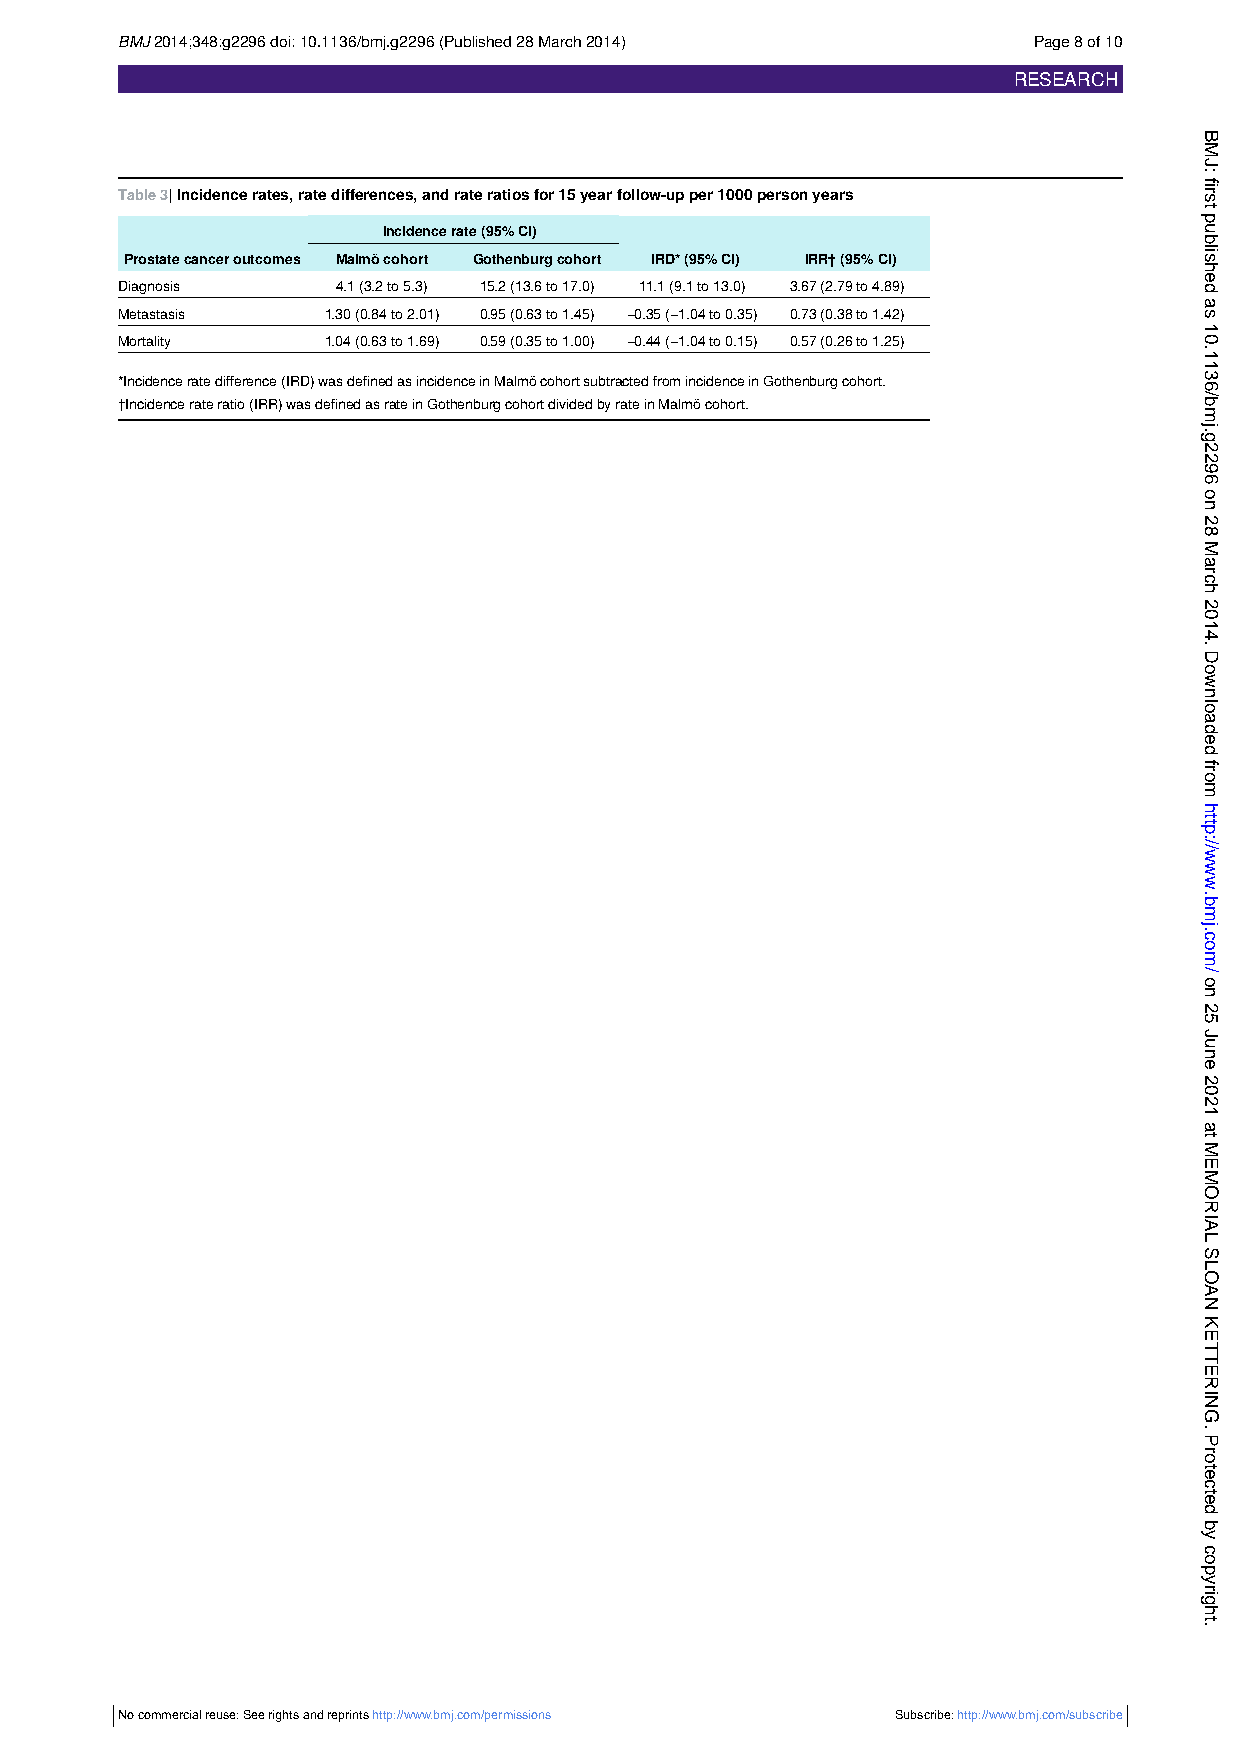
BMJ2014;348:g2296doi:10.1136/bmj.g2296(Published28March2014) Page8of10
 RESEARCH
 Table3|Incidencerates,ratedifferences,andrateratiosfor15yearfollow-upper1000personyears
 Incidencerate(95%CI)
 Prostatecanceroutcomes Malmöcohort Gothenburgcohort IRD*(95%CI) IRR†(95%CI)
 Diagnosis     4.1(3.2to5.3) 15.2(13.6to17.0) 11.1(9.1to13.0) 3.67(2.79to4.89)
 Metastasis   1.30(0.84to2.01) 0.95(0.63to1.45) −0.35(−1.04to0.35) 0.73(0.38to1.42)
 Mortality    1.04(0.63to1.69) 0.59(0.35to1.00) −0.44(−1.04to0.15) 0.57(0.26to1.25)
 *Incidenceratedifference(IRD)wasdefinedasincidenceinMalmöcohortsubtractedfromincidenceinGothenburgcohort.
 †Incidencerateratio(IRR)wasdefinedasrateinGothenburgcohortdividedbyrateinMalmöcohort.
 No commercial reuse: See rights and reprints http://www.bmj.com/permissions Subscribe:http://www.bmj.com/subscribe
 BMJ:
 first
 published
 as
 10.1136/bmj.g2296
 on
 28
 March
 2014.
 Downloaded
 from
 http://www.bmj.com/
 on
 25
 June
 2021
 at
 MEMORIAL
 SLOAN
 KETTERING.
 Protected
 by
 copyright.